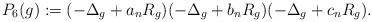
LaTeX: \begin{align*}P_6(g)&:=(-\Delta_g+a_nR_g)(-\Delta_g+b_nR_g)(-\Delta_g+c_nR_g).\end{align*}